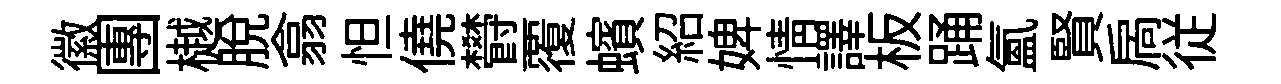
徽團樾脱翕怛僥欎覆蠙紹婢情譯板踊氳賢扄従